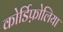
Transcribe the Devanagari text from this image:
कोर्डिफ़ोलिया